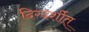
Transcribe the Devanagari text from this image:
दिग्दर्शीत्